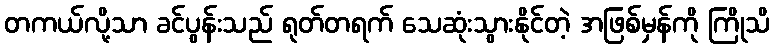
တကယ်လို့သာ ခင်ပွန်းသည် ရုတ်တရက် သေဆုံးသွားနိုင်တဲ့ အဖြစ်မှန်ကို ကြိုသိ